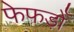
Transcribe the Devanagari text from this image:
फेफड़ोँ